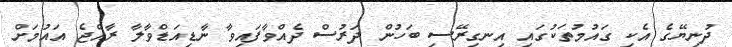
ދުނިޔޭގެ އެކި ގައުމުތަކުގައި އިނގިރޭސި ބަހުން ދަރުސް ދެއްވާފައިވާ ނާޑިއަޑްވާލާ ރާއްޖެ އައުމަށް